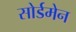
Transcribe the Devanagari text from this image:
सोर्डमेन